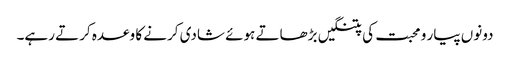
دونوں پیار و محبت کی پتنگیں بڑھاتے ہوئے شادی کرنے کا وعدہ کرتے رہے۔